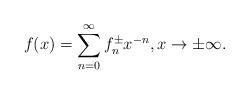
LaTeX: \begin{align*} f(x) = \sum\limits_{n=0}^{\infty} f^{\pm}_n x^{-n}, x\to \pm\infty. \end{align*}